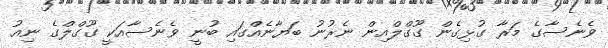
ވެނެސާގެ މަރާ ގުޅިގެން ގޫގްލްއިން ނެރުނު ބަޔާނެއްގައި ބުނީ ވެނެސާއަކީ ގޫގްލްގެ ނިއު